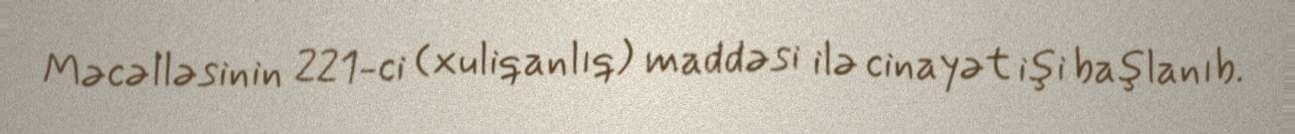
Məcəlləsinin 221-ci (xuliqanlıq) maddəsi ilə cinayət işi başlanıb.